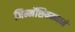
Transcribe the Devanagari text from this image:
जिम्नॅशियममध्ये